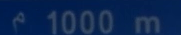
1000 m